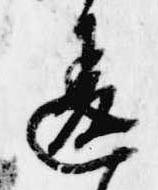
違